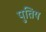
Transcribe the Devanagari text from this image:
पुतिय